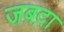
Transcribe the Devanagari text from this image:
जबद़ा